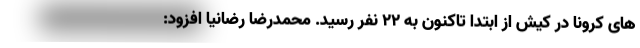
های کرونا در کیش از ابتدا تاکنون به ۲۲ نفر رسید. محمدرضا رضانیا افزود: